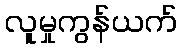
လူမှုကွန်ယက်